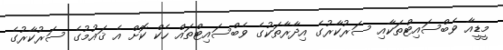
މީޑީއާ ވެބްސައިޓްތަކާއި ސަރުކާރުގެ އިދާރާތަކުގެ ވެބްސައިޓްތައް ހެކް ކޮށް އެ ޤައުމުގެ ސަރުކާރުގެ